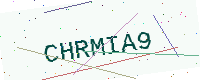
Text: CHRMIA9